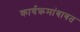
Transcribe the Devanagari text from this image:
कार्यक्रमांबाबत